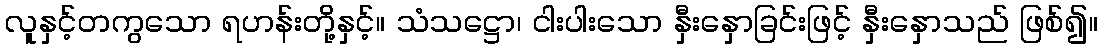
လူနှင့်တကွသော ရဟန်းတို့နှင့်။ သံသဋ္ဌော၊ ငါးပါးသော နှီးနှောခြင်းဖြင့် နှီးနှောသည် ဖြစ်၍။